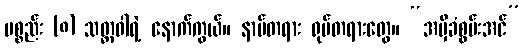
ပစ္စည်း (၈) သတ္တဝါရဲ့ နောက်ကွယ်။ နာမ်တရား ရုပ်တရားတွေ။ “အမှီခံစွမ်းအင်”